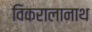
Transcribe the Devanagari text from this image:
विकरालानाथ